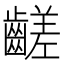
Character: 𪙉